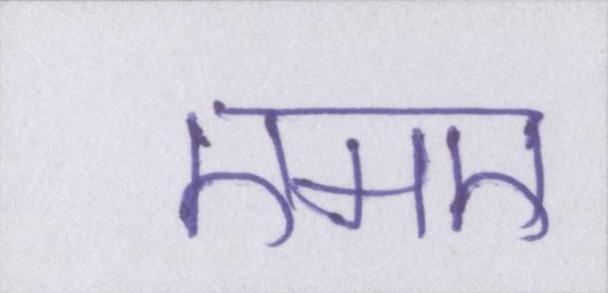
एमए